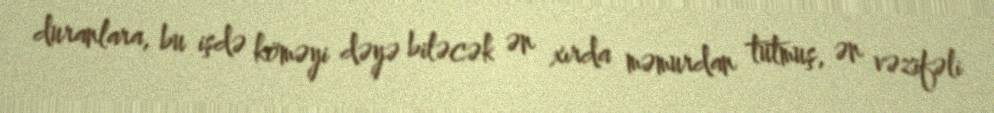
duranlara, bu işdə köməyi dəyə biləcək ən xırda məmurdan tutmuş, ən vəzifəli